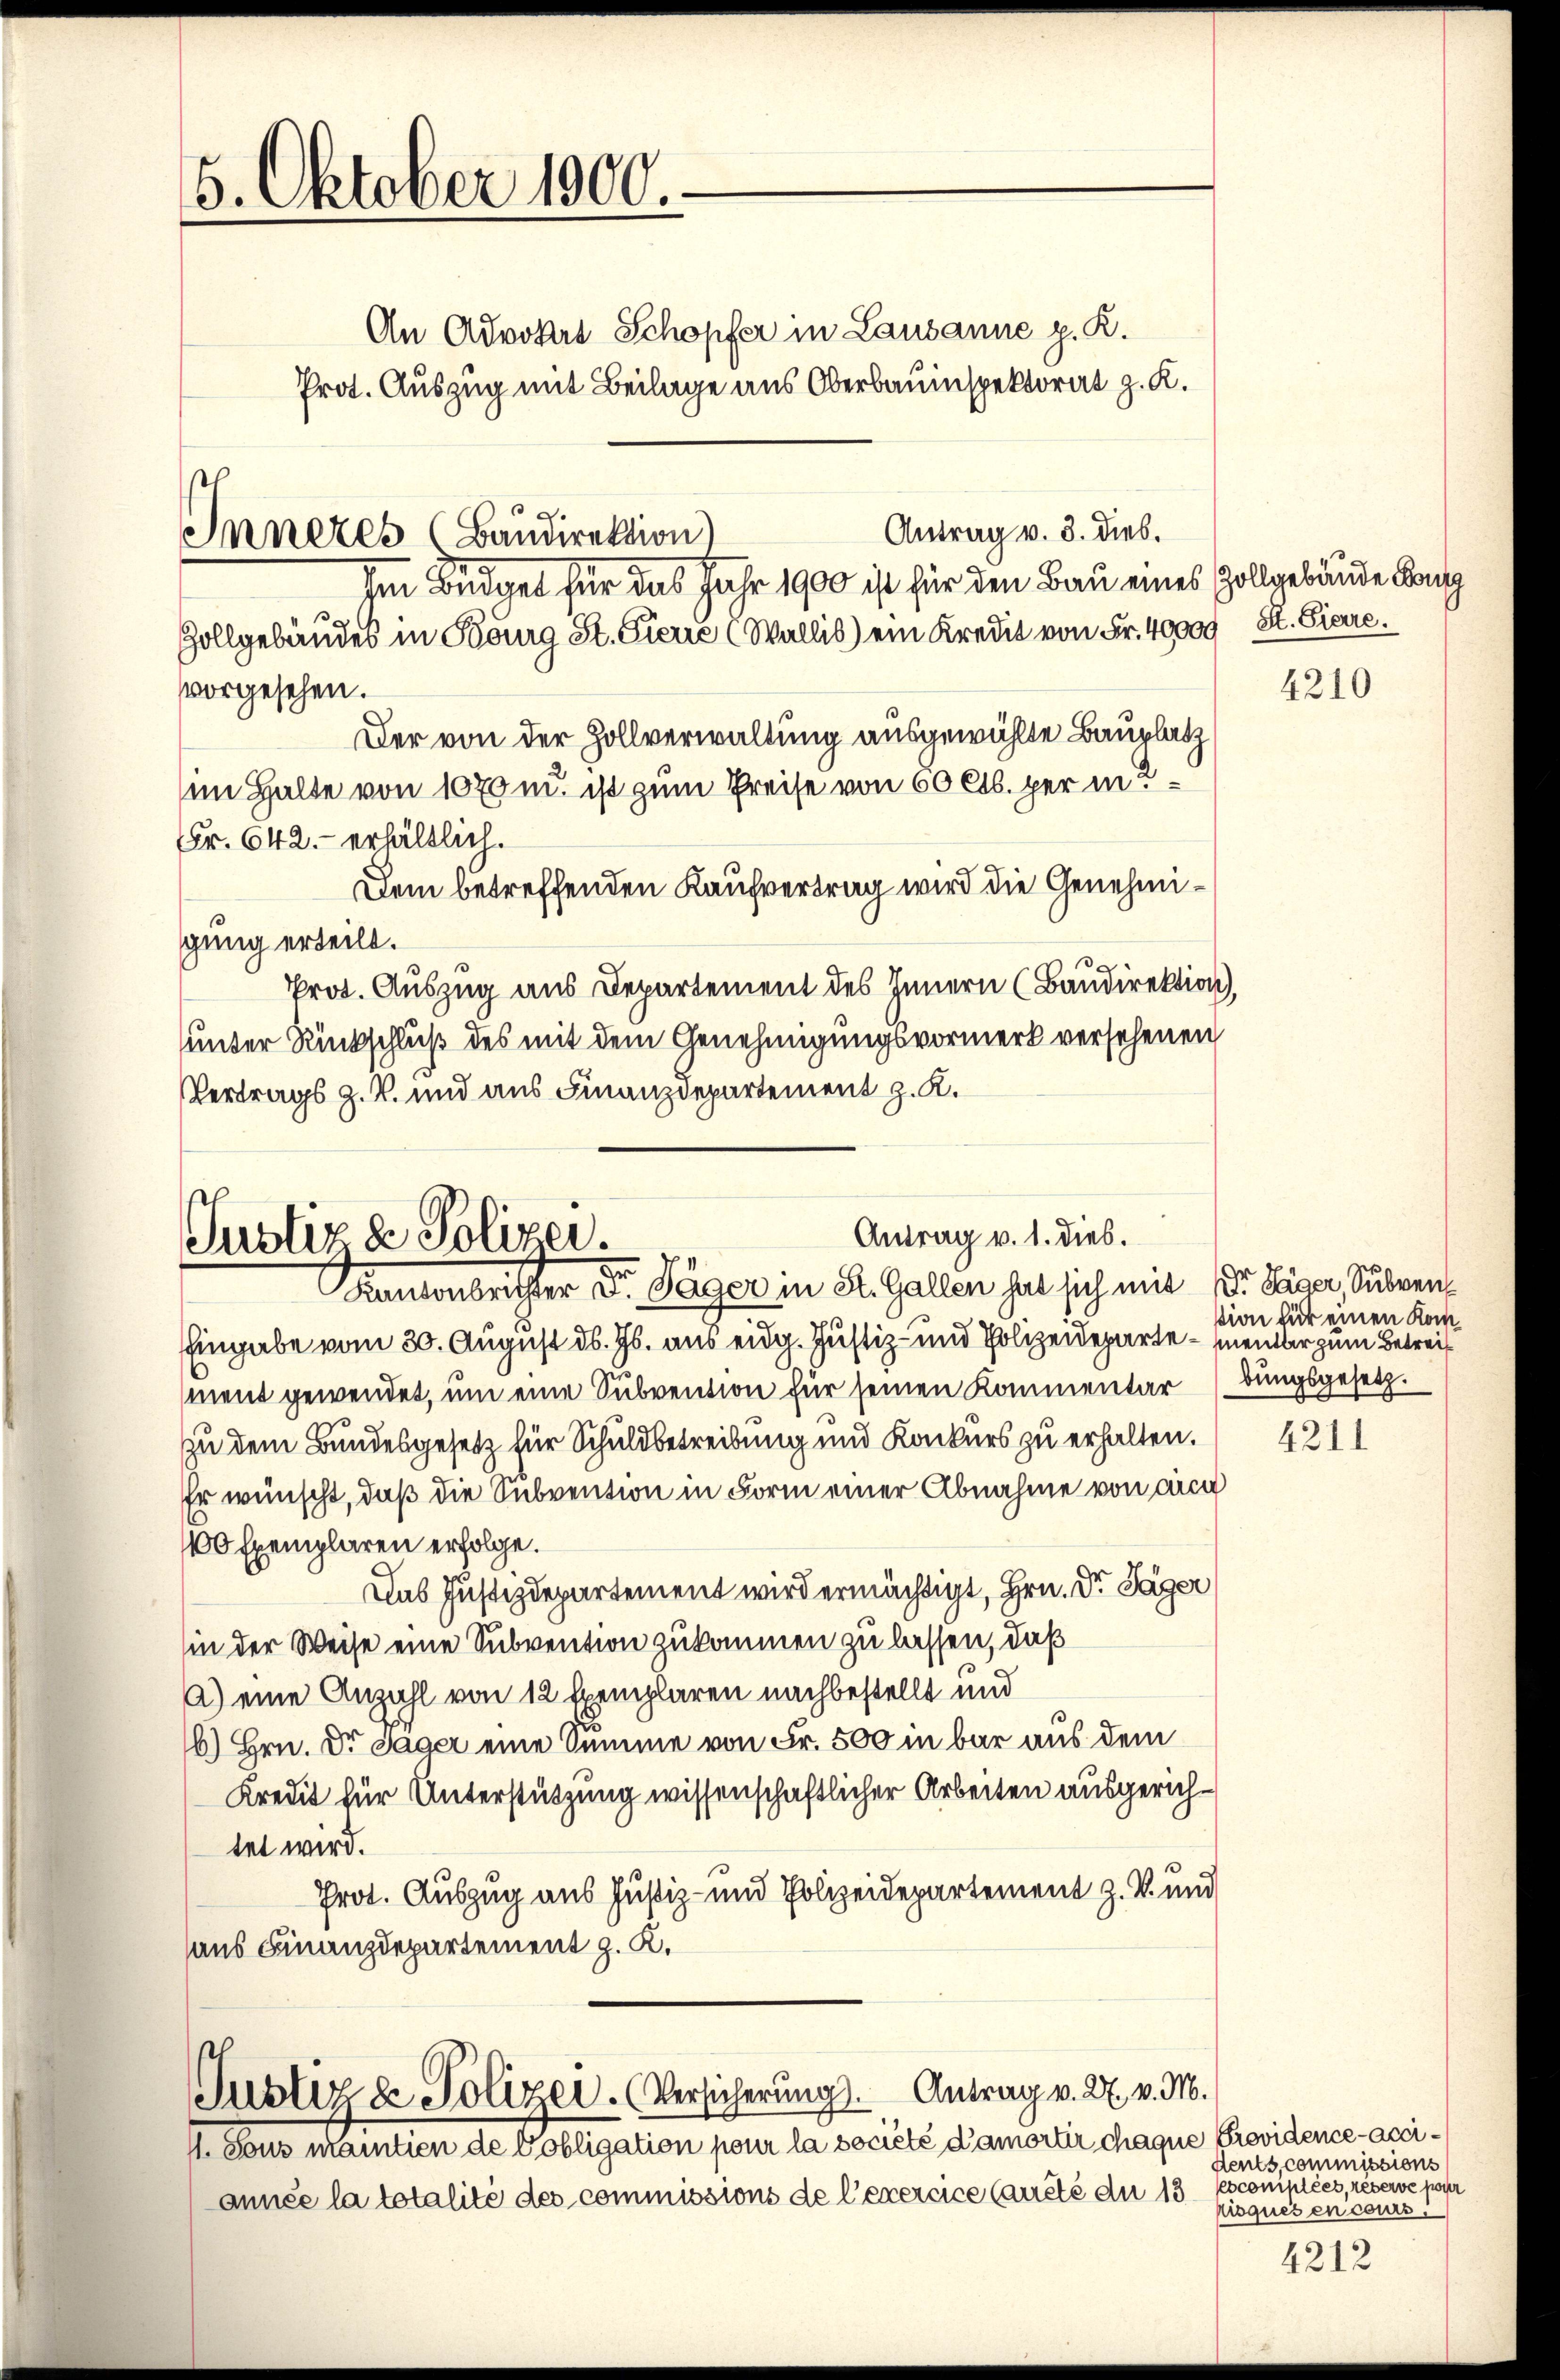
5. Oktober 1000.

An Advokat Schopfer in Lausanne z. K.
Prot. Auszug mit Beilage aus Oberbauinspektorat z. K.
Antrag v. 3. dies.
Inneres (Baudirektion)
Im Budget für das Jahr 1900 ist für den Bau eines Zollgebäude Lang
Zollgebäudes in Kiburg St. Pierre (Wallis) ein Kredit von Fr. 40000 St. Sierre.
vorgesehen.
Der von der Zollverwaltung ausgewählte Bauplatz
im Halte von 1070 u. ist zum Preise von 60 Cts. per in
Fr. 642.- erhältlich.
Dem betreffenden Kaufvertrag wird die Genehmi¬
3
gung erteilt.
Prot. Auszug aus Departement des Innern (Baudirektion)
unter Rückschluß des mit dem Genehmigungsvormerk versehenen
Vertrags z. B. und aus Finanzdepartement z. K.

Antrag v. 1. Dieb.
Justiz & Polizei.
Kanonbritter Dr. Täger in St. Gallen hat sich mit Dr. Sager, Subven

Eingabe vom 30. August d. Js. aus eidg. Justiz- und Polizeideparte – menter zum Betreif
ment gewendet, um eine Subvention für seinen Kommentar (dungsgesetz.
zu dem Bundesgesetz für Schuldbetreibung und Konkurs zu erhalten.
Er wünscht, daß die Subvention in Form einer Abnahme von die
100 Exemplaren erfolge.
Das Justizdepartement wird ermächtigt, Hrn. Dr Säger
in der Weise eine Subvention zukommen zu lassen, daß
a) eine Anzahl von 12 Exemplaren nachbestellt und
6) Hrn. Dr Jäger eine Summe von Fr. 500 in bar aus dem
Kredit für Unterstützung wissenschaftlicher Arbeiten ausgerichtet wird.
Prot. Auszug aus Justiz- und Polizeidepartement z. B. und
aus Finanzdepartement z. K.

Justiz & Polizei. (Versicherŭng. Antrag v. 27. v. M.

11. Sous mantien de Pobligation pour la société d’amortir chaque Providence-Acciannée la totalité des commissions de l’exercice Caureté du 13 escomplées, reserve noch

4210

stion für einen Kom¬

4211

dents, commissions
oques encours

4212